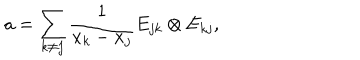
LaTeX: a = \sum _ { k \neq j } \frac { 1 } { x _ { k } - x _ { j } } E _ { j k } \otimes E _ { k j } ,